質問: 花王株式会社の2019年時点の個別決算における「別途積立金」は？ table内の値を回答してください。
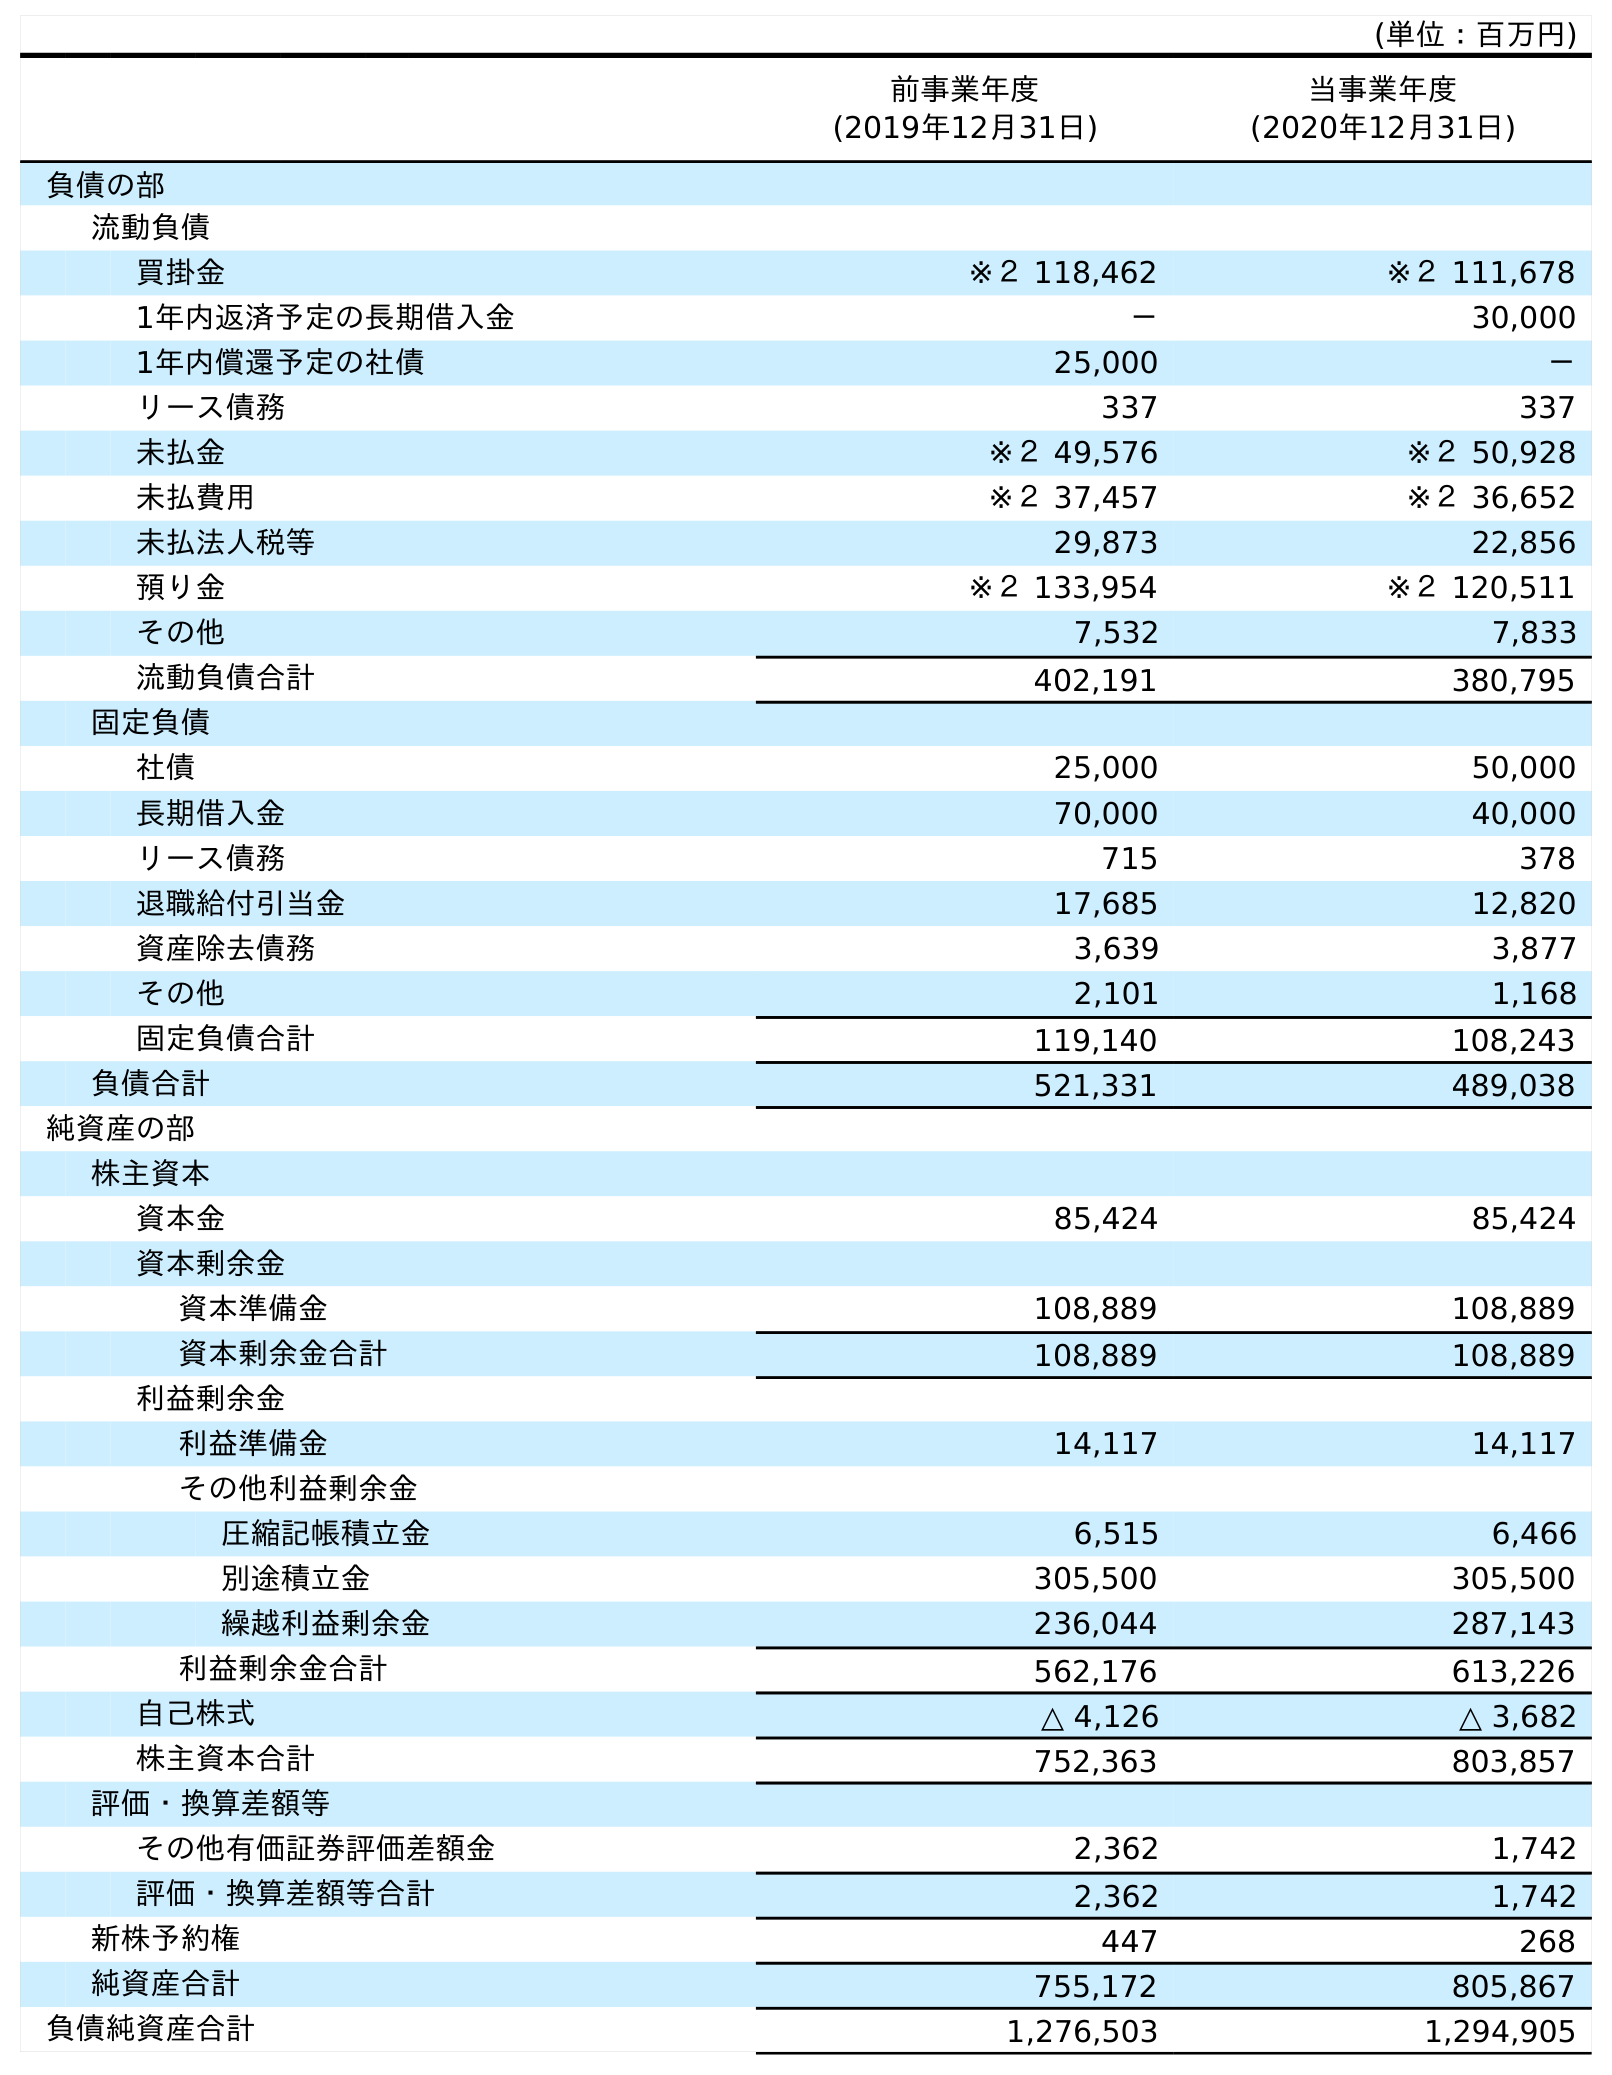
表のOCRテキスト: (単位：百万円) 前事業年度 (2019年12月31日) 当事業年度 (2020年12月31日) 負債の部 流動負債 買掛金 ※２ 118,462 ※２ 111,678 1年内返済予定の長期借入金 － 30,000 1年内償還予定の社債 25,000 － リース債務 337 337 未払金 ※２ 49,576 ※２ 50,928 未払費用 ※２ 37,457 ※２ 36,652 未払法人税等 29,873 22,856 預り金 ※２ 133,954 ※２ 120,511 その他 7,532 7,833 流動負債合計 402,191 380,795 固定負債 社債 25,000 50,000 長期借入金 70,000 40,000 リース債務 715 378 退職給付引当金 17,685 12,820 資産除去債務 3,639 3,877 その他 2,101 1,168 固定負債合計 119,140 108,243 負債合計 521,331 489,038 純資産の部 株主資本 資本金 85,424 85,424 資本剰余金 資本準備金 108,889 108,889 資本剰余金合計 108,889 108,889 利益剰余金 利益準備金 14,117 14,117 その他利益剰余金 圧縮記帳積立金 6,515 6,466 別途積立金 305,500 305,500 繰越利益剰余金 236,044 287,143 利益剰余金合計 562,176 613,226 自己株式 △ 4,126 △ 3,682 株主資本合計 752,363 803,857 評価・換算差額等 その他有価証券評価差額金 2,362 1,742 評価・換算差額等合計 2,362 1,742 新株予約権 447 268 純資産合計 755,172 805,867 負債純資産合計 1,276,503 1,294,905
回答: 305,500